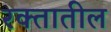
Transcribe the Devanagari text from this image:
रक्‍तातील